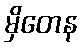
မှိတေန